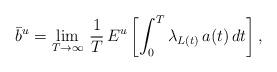
LaTeX: \begin{align*}\bar{b}^u = \lim_{T \to \infty} \, \frac{1}{T} \, E^u\left[\int_0^T \lambda_{L(t)} \, a(t) \, dt\right],\end{align*}